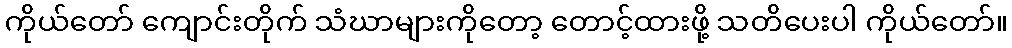
ကိုယ်တော် ကျောင်းတိုက် သံဃာများကိုတော့ တောင့်ထားဖို့ သတိပေးပါ ကိုယ်တော်။